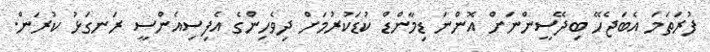
ފުރަތަމަ އެބަޖެހޭ ބިދޭސީންނަށް އޮންނަ ޑިމާންޑް ކުޑަކުރުމަށް ދިވެހިންގެ އެފިސިއެންސީ ރަނގަޅު ކުރަން.